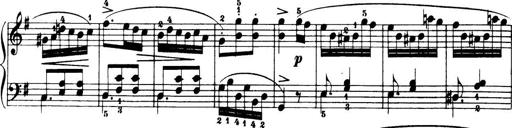
Title: 32 Sonatinas and Rondos for the Piano
Composer: Richard Kleinmichel